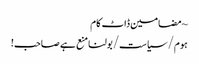
~ مضامین ڈاٹ کام
ہوم/سیاست/بولنا منع ہے صاحب!